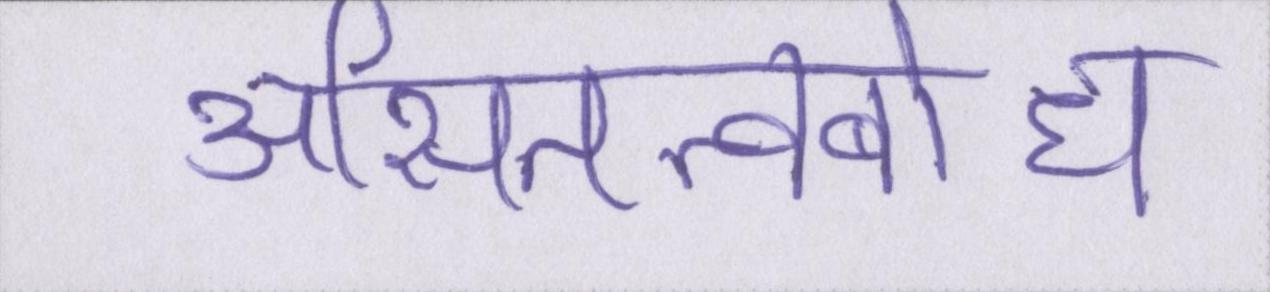
असितत्वबोध